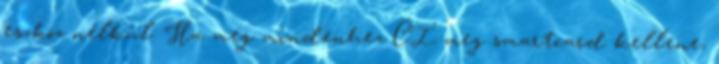
eszköz nélkül. Ha meg mindenhez CI meg smartcard kellene,